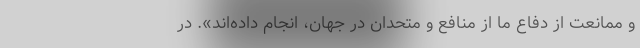
و ممانعت از دفاع ما از منافع و متحدان در جهان، انجام داده‌اند». در